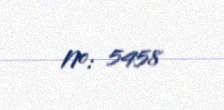
№: 5458